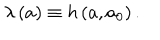
LaTeX: \lambda \left( a \right) \equiv h \left( a , a _ { 0 } \right) .